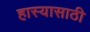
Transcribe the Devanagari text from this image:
हास्यासाठी